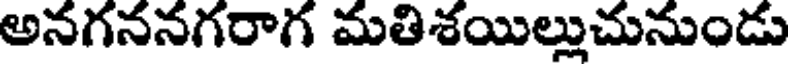
అనగననగరాగ మతిశయిల్లుచునుండు